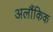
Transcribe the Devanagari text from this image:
अलौंकिक